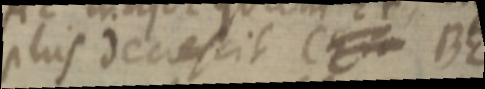
plus decrescit CE _ BE